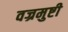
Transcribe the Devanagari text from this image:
वज्रमुष्टी